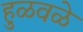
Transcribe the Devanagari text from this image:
हुळवळे